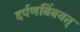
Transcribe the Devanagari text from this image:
दर्पणबिंबवत्